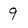
Character: 9